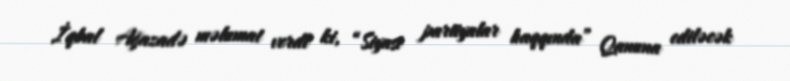
İqbal Ağazadə məlumat verdi ki, “Siyasi partiyalar haqqında” Qanuna ediləcək